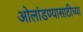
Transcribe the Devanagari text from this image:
ओलांडण्यासाठीच्या